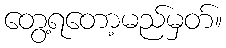
တွေ့ရတော့မည်မှတ်။